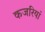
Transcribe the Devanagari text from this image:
कजरियां